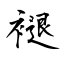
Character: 褪